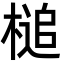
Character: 槌